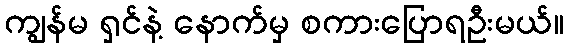
ကျွန်မ ရှင်နဲ့ နောက်မှ စကားပြောရဦးမယ်။